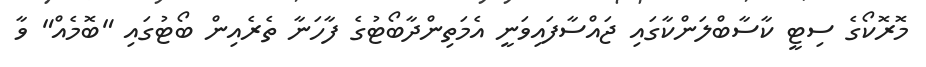
މޮރޮކޯގެ ސިޓީ ކާސާބްލަންކާގައި ޖައްސާފައިވަނީ އެމަތިންދާބޯޓުގެ ފާހަނާ ތެރެއިން ބޯޓުގައި "ބޮމެއް" ވާ